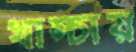
খাম্‌চায়